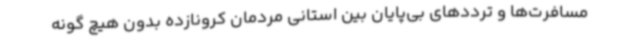
مسافرت‌ها و ترددهای بی‌پایان بین استانی مردمان کرونازده بدون هیچ گونه